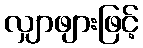
လျှာဖျားဖြင့်